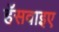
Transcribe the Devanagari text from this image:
हॅसवाइए